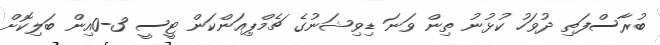
ބުރާސްފަތި ދުވަހު ކުޅުނު ތިން ވަނަ ޑިވިޝަނުގެ ޗެމްޕިއަންކަން ޓީސީ 3-0އިން ބަލިކޮށް